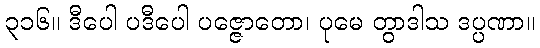
၃၁၆။ ဒီပေါ ပဒီပေါ ပဇ္ဇောတော၊ ပုမေ တွာဒါသ ဒပ္ပဏာ။